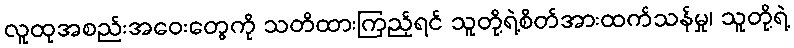
လူထုအစည်းအဝေးတွေကို သတိထားကြည့်ရင် သူတို့ရဲ့စိတ်အားထက်သန်မှု၊ သူတို့ရဲ့